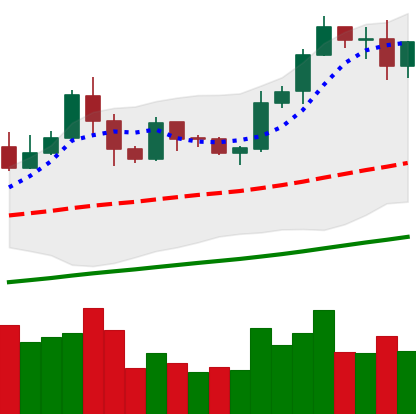
Ticker: LTC-USD
Chart end date: 2019-05-31
Forward return: -9.331%
Label: down_7plus